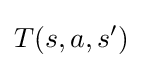
T(s,a,s')